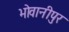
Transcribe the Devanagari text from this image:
भोवानीपुर